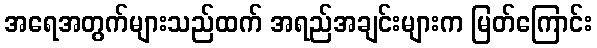
အရေအတွက်များသည်ထက် အရည်အချင်းများက မြတ်ကြောင်း